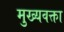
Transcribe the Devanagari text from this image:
मुख्यवक्ता